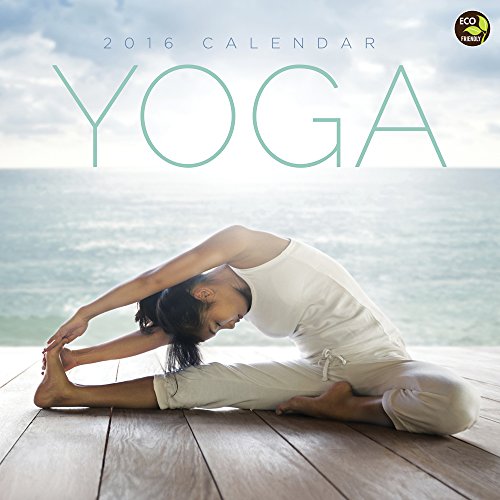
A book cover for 2016 Yoga Wall Calendar; TF Publishing; Calendars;